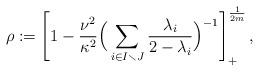
LaTeX: \begin{align*}\rho :=\left[1 -\frac{\nu^2}{\kappa^2}\Big(\sum_{i\in I\smallsetminus J}\frac{\lambda_i}{2-\lambda_i}\Big)^{-1}\right]_+^\frac{1}{2m},\end{align*}